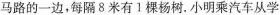
马路的一边，每隔8米有Ⅰ棵杨树.小明乘汽车从学